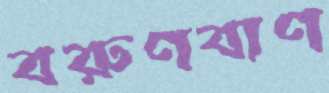
বরুণবাণ